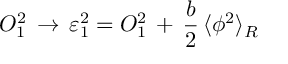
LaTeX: { \cal O } _ { 1 } ^ { 2 } \, \to \, \varepsilon _ { 1 } ^ { 2 } = { \cal O } _ { 1 } ^ { 2 } \, + \, { \frac { b } { 2 } } \, \langle \phi ^ { 2 } \rangle _ { R }